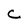
Character: C